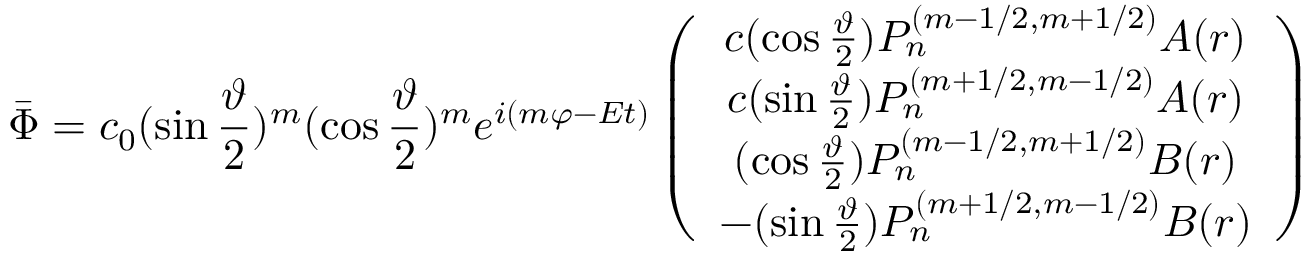
\bar { \Phi } = c _ { 0 } ( \sin \frac \vartheta 2 ) ^ { m } ( \cos \frac \vartheta 2 ) ^ { m } e ^ { i ( m \varphi - E t ) } \left( \begin{array} { c } { { c ( \cos \frac \vartheta 2 ) P _ { n } ^ { ( m - 1 / 2 , m + 1 / 2 ) } A ( r ) } } \\ { { c ( \sin \frac \vartheta 2 ) P _ { n } ^ { ( m + 1 / 2 , m - 1 / 2 ) } A ( r ) } } \\ { { ( \cos \frac \vartheta 2 ) P _ { n } ^ { ( m - 1 / 2 , m + 1 / 2 ) } B ( r ) } } \\ { { - ( \sin \frac \vartheta 2 ) P _ { n } ^ { ( m + 1 / 2 , m - 1 / 2 ) } B ( r ) } } \end{array} \right)